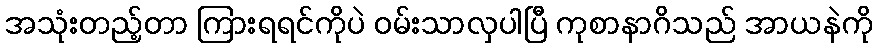
အသုံးတည့်တာ ကြားရရင်ကိုပဲ ဝမ်းသာလှပါပြီ ကုစာနာဂိသည် အာယနဲကို